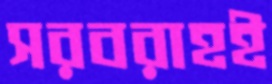
সরবরাহই